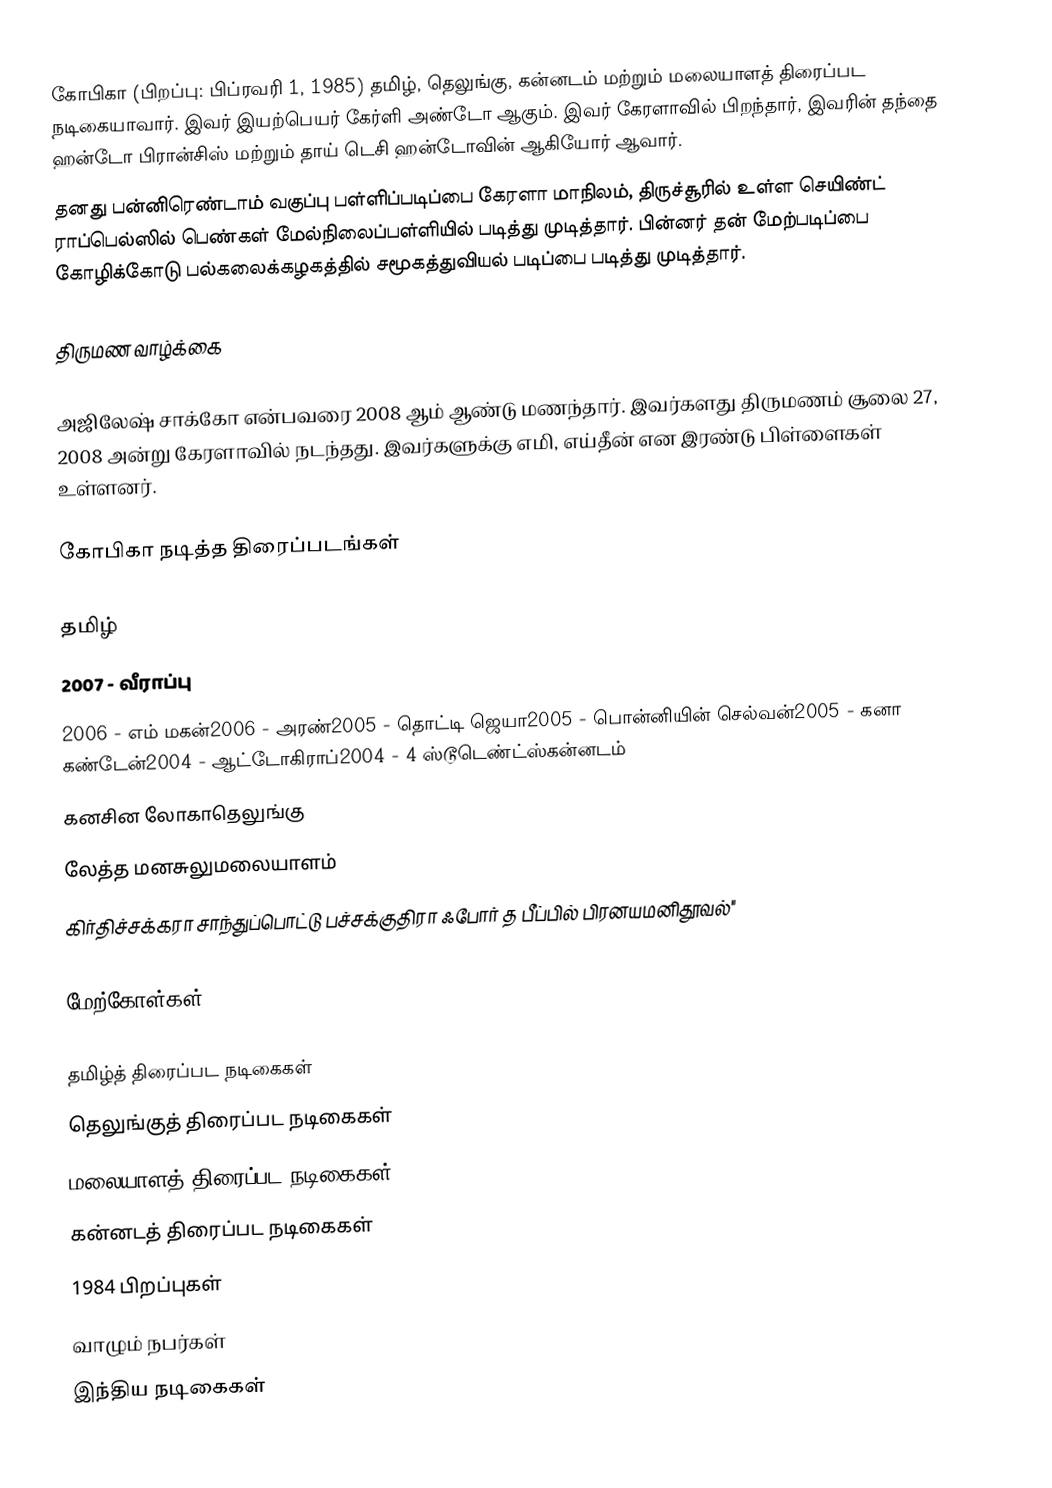
கோபிகா (பிறப்பு: பிப்ரவரி 1, 1985) தமிழ், தெலுங்கு, கன்னடம் மற்றும் மலையாளத் திரைப்பட நடிகையாவார். இவர் இயற்பெயர் கேர்ளி அண்டோ ஆகும். இவர் கேரளாவில் பிறந்தார், இவரின் தந்தை ஹன்டோ பிரான்சிஸ் மற்றும் தாய் டெசி ஹன்டோவின் ஆகியோர் ஆவார்.
தனது பன்னிரெண்டாம் வகுப்பு பள்ளிப்படிப்பை கேரளா மாநிலம், திருச்சூரில் உள்ள செயிண்ட் ராப்பெல்ஸில் பெண்கள் மேல்நிலைப்பள்ளியில் படித்து முடித்தார். பின்னர் தன் மேற்படிப்பை கோழிக்கோடு பல்கலைக்கழகத்தில் சமூகத்துவியல் படிப்பை படித்து முடித்தார்.

திருமண வாழ்க்கை

அஜிலேஷ் சாக்கோ என்பவரை 2008 ஆம் ஆண்டு மணந்தார். இவர்களது திருமணம் சூலை 27, 2008 அன்று கேரளாவில் நடந்தது. இவர்களுக்கு எமி, எய்தீன் என இரண்டு பிள்ளைகள் உள்ளனர்.

கோபிகா நடித்த திரைப்படங்கள்

தமிழ்
2007 - வீராப்பு
2006 - எம் மகன்2006 - அரண்2005 - தொட்டி ஜெயா2005 - பொன்னியின் செல்வன்2005 - கனா கண்டேன்2004 - ஆட்டோகிராப்2004 - 4 ஸ்டூடெண்ட்ஸ்கன்னடம்
 கனசின லோகாதெலுங்கு
 லேத்த மனசுலுமலையாளம்
 கிர்திச்சக்கரா சாந்துப்பொட்டு பச்சக்குதிரா ஃபோர் த பீப்பில் பிரனயமனிதூவல்''

மேற்கோள்கள்

தமிழ்த் திரைப்பட நடிகைகள்
தெலுங்குத் திரைப்பட நடிகைகள்
மலையாளத் திரைப்பட நடிகைகள்
கன்னடத் திரைப்பட நடிகைகள்
1984 பிறப்புகள்
வாழும் நபர்கள்
இந்திய நடிகைகள்